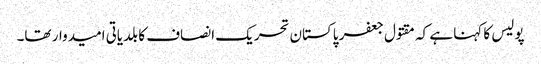
پولیس کا کہنا ہے کہ مقتول جعفر پاکستان تحریک انصاف کا بلدیاتی امیدوار تھا۔